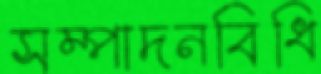
সম্পাদনবিধি